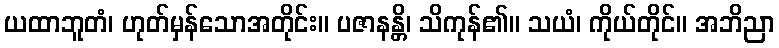
ယထာဘူတံ၊ ဟုတ်မှန်သောအတိုင်း။ ပဇာနန္တိ၊ သိကုန်၏။ သယံ၊ ကိုယ်တိုင်။ အဘိညာ